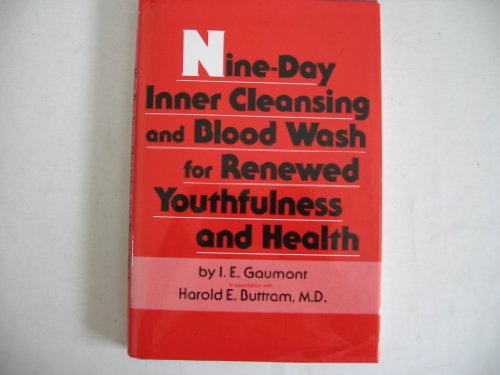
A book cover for Nine-Day Inner Cleansing and Blood Wash for Renewed Youthfulness and Health; I.E. & Harold E. Buttram GAUMONT; Health, Fitness & Dieting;